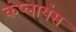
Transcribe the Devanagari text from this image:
कंप्लायंस